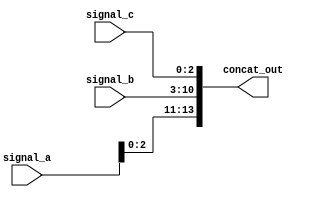
module concat_example (
    input wire [3:0] signal_a,   // 4-bit input signal
    input wire [7:0] signal_b,   // 8-bit input signal
    input wire [2:0] signal_c,   // 3-bit input signal
    output wire [13:0] concat_out // 13-bit output signal to hold concatenated result
);

// Continuous assignment using concatenation
assign concat_out = {signal_a, signal_b, signal_c}; // Concatenate signals in the order: signal_a, signal_b, signal_c

endmodule